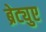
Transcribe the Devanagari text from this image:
ब्रेट्युए